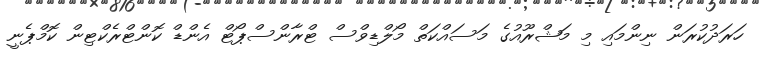
ހަރަދުކުރަން ނިންމައި މި މަޝްރޫއުގެ މަސައްކަތް މޯލްޑިވްސް ޓްރާންސްޕޯޓް އެންޑް ކޮންޓްރެކްޓިން ކޮމްޕެނީ